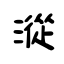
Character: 漎